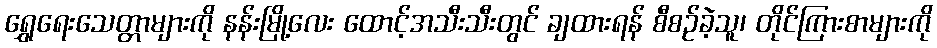
ရွှေရေးသေတ္တာများကို နန်းမြို့လေး ထောင့်အသီးသီးတွင် ချထားရန် စီစဉ်ခဲ့သူ၊ တိုင်ကြားစာများကို